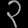
Digit: ၃